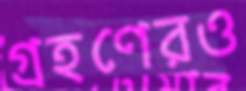
গ্রহণেরও